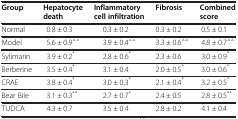
| Group | Hepatocyte death | Inflammatory cell infiltration | Fibrosis | Combined score |
 | --- | --- | --- | --- | --- |
 | Normal | 0.8 ± 0.3 | 0.3 ± 0.2 | 0.3 ± 0.2 | 0.5 ± 0.1 |
 | Model | 5.6 ± 0.9△△ | 3.9 ± 0.4△△ | 3.3 ± 0.6△△ | 4.8 ± 0.7△△ |
 | Sylimarin | 3.9 ± 0.2* | 2.8 ± 0.6* | 2.3 ± 0.6 | 3.0 ± 0.9* |
 | Berberine | 3.5 ± 0.4* | 3.1 ± 0.4 | 2.0 ± 0.5* | 3.0 ± 0.6* |
 | CRAE | 3.8 ± 0.4* | 3.0 ± 0.3* | 2.1 ± 0.4* | 3.2 ± 0.5* |
 | Bear Bile | 3.1 ± 0.3** | 2.7 ± 0.7* | 2.4 ± 0.5 | 2.8 ± 0.5** |
 | TUDCA | 4.3 ± 0.7 | 3.5 ± 0.4 | 2.8 ± 0.2 | 4.1 ± 0.4 |